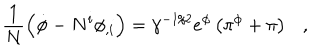
LaTeX: \frac { 1 } { N } \left( \dot { \phi } - N ^ { i } \phi _ { , i } \right) = \gamma ^ { - 1 / 2 } e ^ { \phi } \left( \pi ^ { \phi } + \pi \right) ,